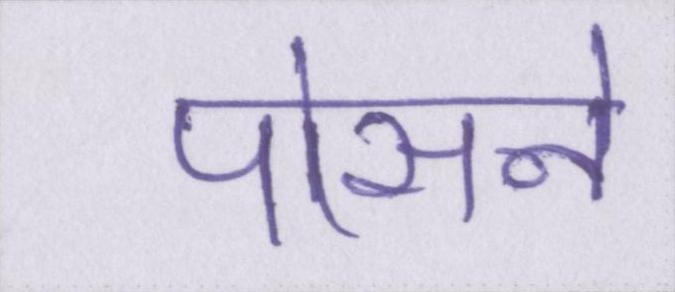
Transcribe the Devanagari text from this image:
पोसने